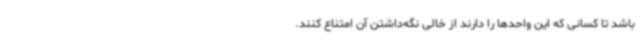
باشد تا کسانی که این واحدها را دارند از خالی نگه‌داشتن آن امتناع کنند.